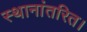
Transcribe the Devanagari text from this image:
स्थानांतरित।